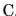
C.